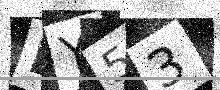
Text: BY53